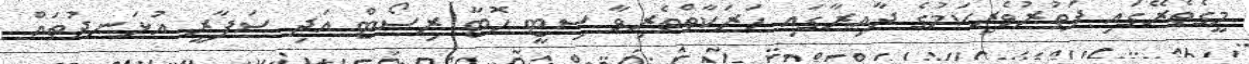
މީގެތެރޭގައި ފަތުރުވެރިކަމުގެ ދާއިރާގައި ހަރަކާތްތެރިވާ ސިޓީ ހޮޓާ ރިސޯޓް އަދި ސަފާރީ އުޅަނދުތައް